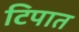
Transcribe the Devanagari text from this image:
टिपात